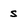
Character: s